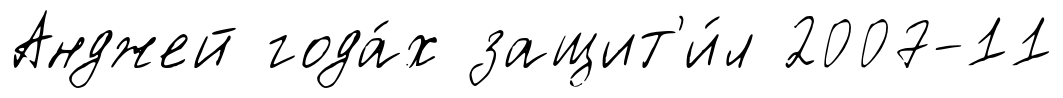
Анджей года́х защит'и́л 2007-11